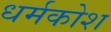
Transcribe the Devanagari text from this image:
धर्मकोश